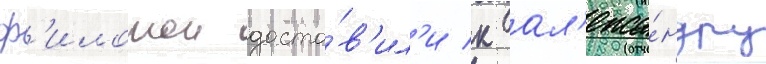
ф'илотои доста́в'ил'и к ал'екса́ндру